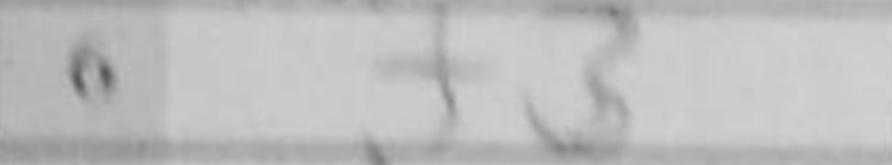
Transcription: f3